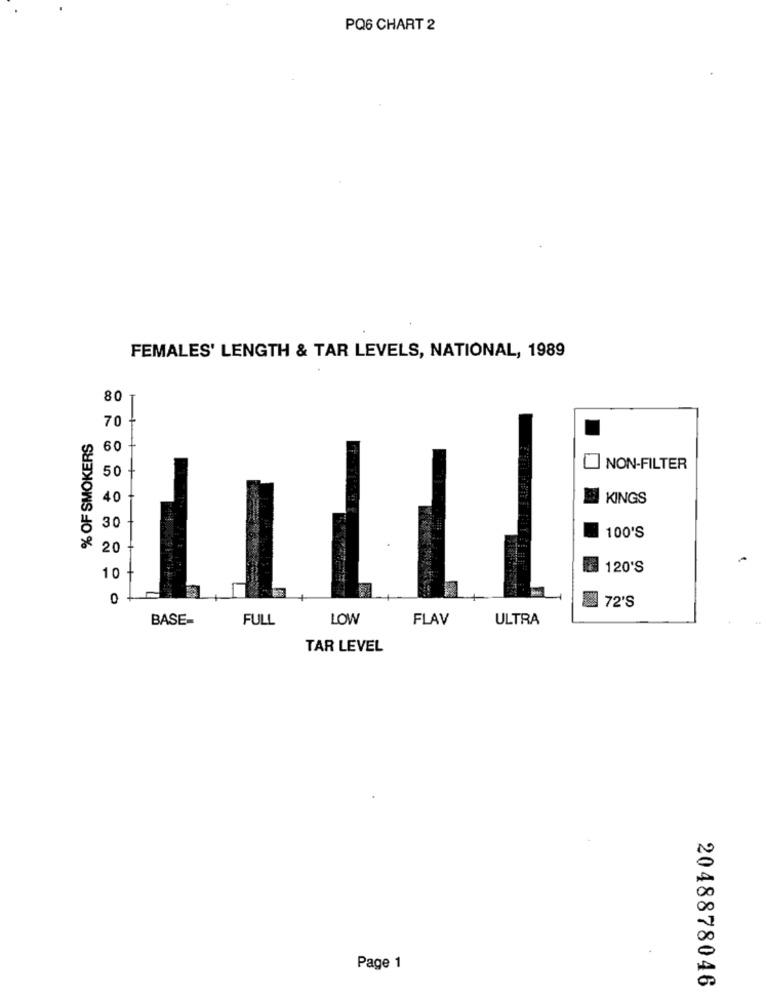
PQ6 CHART 2
FEMALES' LENGTH & TAR LEVELS, NATIONAL, 1989
80
70
% OF SMOKERS
60
50
NON-FILTER
40
KINGS
30
100'S
20
120'S
10
72'S
BASE-
FULL
LOW
FLAV
ULTRA
TAR LEVEL
1
00
Page 1
2048878046